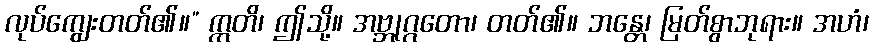
လုပ်ကျွေးတတ်၏။” ဣတိ၊ ဤသို့။ အဗ္ဘုဂ္ဂတော၊ တတ်၏။ ဘန္တေ၊ မြတ်စွာဘုရား။ အဟံ၊